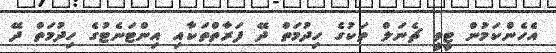
އެހެންކަމުން ޓީވީ ޗެނަލް ތަކުގެ ހިދުމަތް ދޭ ފަރާތްތަކާއި އިންޓަނެޓުގެ ހިދުމަތް ދޭ